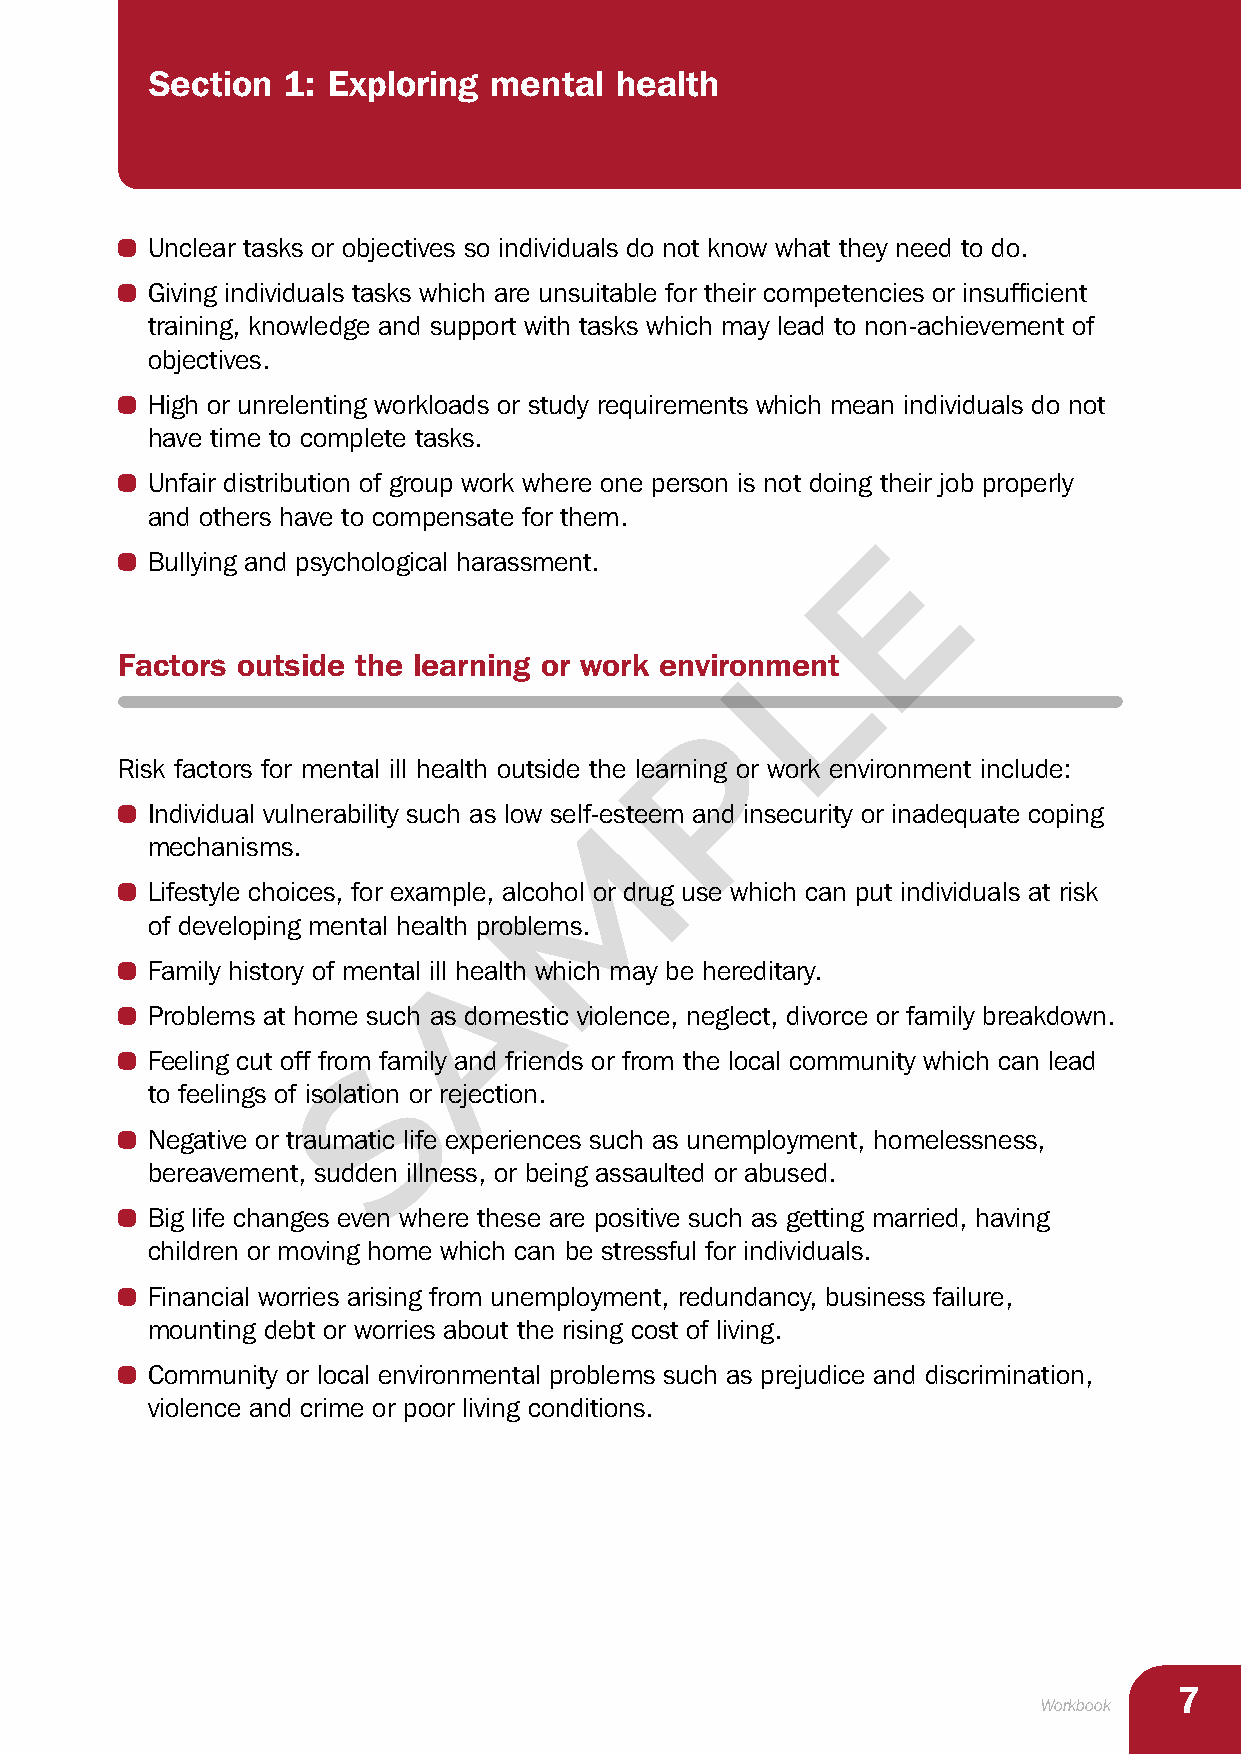
Section  1: Exploring mental   health
 • Unclear tasks or objectives so individuals do not know what they need to do.
 • Giving individuals tasks which are unsuitable for their competencies or insufficient
 training, knowledge and support with tasks which may lead to non-achievement of
 objectives.
 • High or unrelenting workloads or study requirements which mean individuals do not
 have time to complete tasks.
 • Unfair distribution of group work where one person is not doing their job properly
 and others have to compensate for them.
 E
 • Bullying and psychological harassment.
 L
 Factors outside the learning or work environment
 P
 Risk factors for mental ill health outside the learning or work environment include:
 • Individual vulnerability such as low self-esteem and insecurity or inadequate coping
 M
 mechanisms.
 • Lifestyle choices, for example, alcohol or drug use which can put individuals at risk
 of developing mental health problems.
 A
 • Family history of mental ill health which may be hereditary.
 • Problems at home such as domestic violence, neglect, divorce or family breakdown.
 • Feeling cut off fromS family and friends or from the local community which can lead
 to feelings of isolation or rejection.
 • Negative or traumatic life experiences such as unemployment, homelessness,
 bereavement, sudden illness, or being assaulted or abused.
 • Big life changes even where these are positive such as getting married, having
 children or moving home which can be stressful for individuals.
 • Financial worries arising from unemployment, redundancy, business failure,
 mounting debt or worries about the rising cost of living.
 • Community or local environmental problems such as prejudice and discrimination,
 violence and crime or poor living conditions.
 7
 Workbook